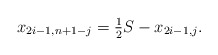
\begin{align*} x_{2i-1,n+1-j} = \tfrac{1}{2} S- x_{2i-1,j}.\end{align*}